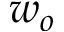
w _ { o }